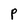
Character: P